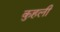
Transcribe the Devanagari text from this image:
कुहली